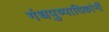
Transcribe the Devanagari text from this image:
गंधपुष्पादिकांनीं